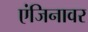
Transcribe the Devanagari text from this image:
एंजिनावर